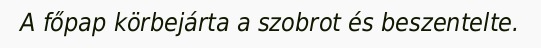
A főpap körbejárta a szobrot és beszentelte.